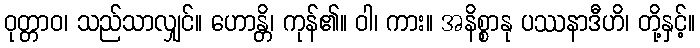
ဝုတ္တာဝ၊ သည်သာလျှင်။ ဟောန္တိ၊ ကုန်၏။ ဝါ၊ ကား။ အနိစ္စာနု ပဿနာဒီဟိ၊ တို့နှင့်။